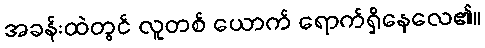
အခန်းထဲတွင် လူတစ် ယောက် ရောက်ရှိနေလေ၏။